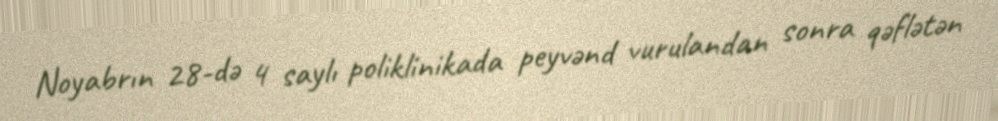
Noyabrın 28-də 4 saylı poliklinikada peyvənd vurulandan sonra qəflətən